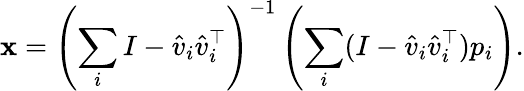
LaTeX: \mathbf{x}=\left(\sum_{i}I-{\hat{{v}}}_{i}{\hat{{v}}}_{i}^{\top}\right)^{-1}\left(\sum_{i}(I-{\hat{{v}}}_{i}{\hat{{v}}}_{i}^{\top})p_{i}\right).